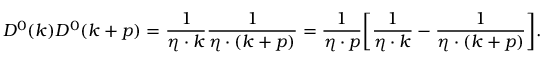
D ^ { 0 } ( k ) D ^ { 0 } ( k + p ) = { \frac { 1 } { \eta \cdot k } } { \frac { 1 } { \eta \cdot ( k + p ) } } = { \frac { 1 } { \eta \cdot p } } \biggl [ { \frac { 1 } { \eta \cdot k } } - { \frac { 1 } { \eta \cdot ( k + p ) } } \biggr ] .